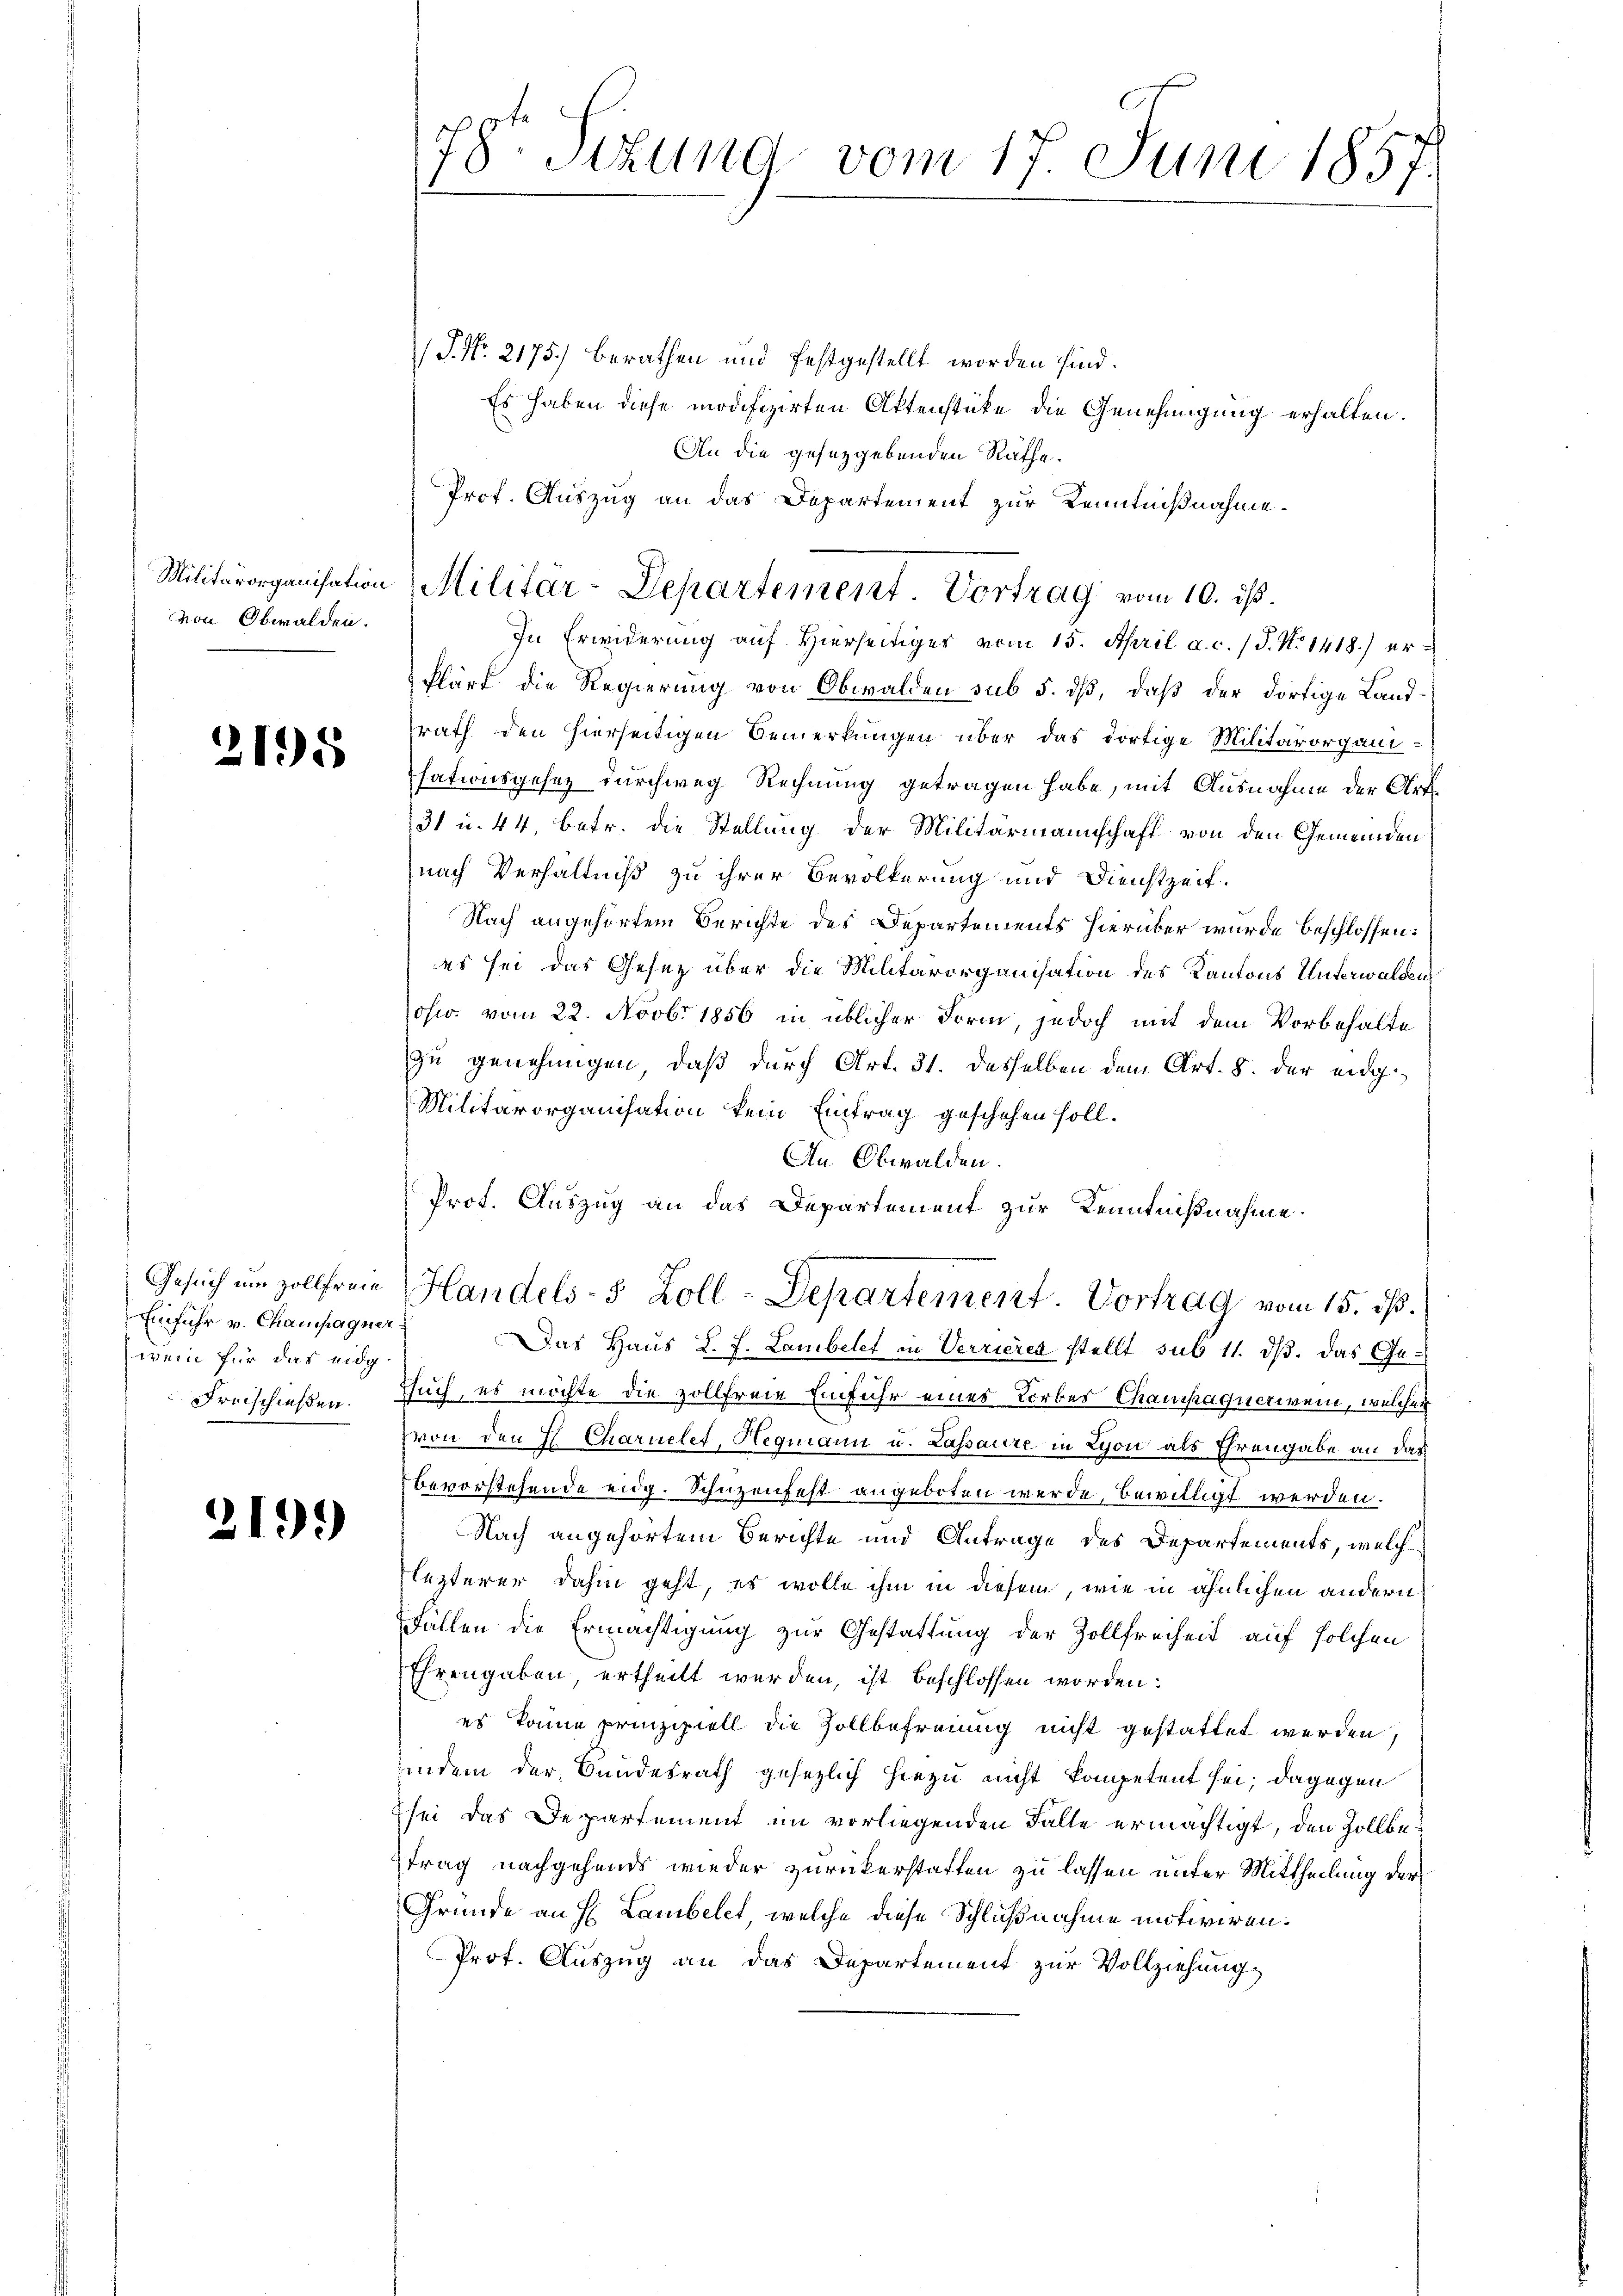
Militärorganisation
von Obwalden.

2195

2199

/J. No. 2175) berathen und festgestellt worden sind.
Es haben diese modifizirten Aktenstüke die Genehmigung erhalten.
An die gesetzgebenden Räthe.
Prof. Auszug an das Departement zur Kenntnißnahme.
In Erwiderung auf Hierseitiger vom 15. April a. c. 1 S. N. 1418.) erklärt die Regierung von Obwalden sub 5. dß, daß der dortige Landrath den hierseitigen Bemerkungen über das dortige Militärorgani¬
Esationsgesez durchweg Rechnung getragen habe, mit Ausnahme der Art.
31 u. 44, betr. die Stellung der Militärmannschaft von den Gemeinden
nach Verhältniß zu ihrer Bevölkerung und Dienstzeit.
Nach angehörtem Berichte des Departements hierüber wurde beschlossen:
es sei das Gesetz über die Militärorganisation des Kantons Unterwalden
osw. vom 22. Novbr 1856 in üblicher Form, jedoch mit dem Vorbehalte
zu genehmigen, daß durch Art. 31. desselben dem Art. 8. der eidg¬
Militärorganisation kein Eintrag geschehen soll.
An Obwalden.
Prot. Auszug an das Departement zur Kenntnißnahme.
Handels- 5 Zoll-Departement. Vortrag vom 15. ds.
Das Haus L. J. Lambelet in Verrieres stellt sub 11. ds. das Ge¬
Freischießen. Euch, es möchte die zollfreie Einfuhr eines Korbes Chaushaquerwein, welcher
von den E. Charuelet, Hegmann u. Lassaure in Lyon als Ehrengabe an das
bevorstehende eidg. Schüzenfest angeboten werde, bewilligt werden.
Nach angehörtem Berichte und Antrage des Departements, welche
lezterer dahin geht, es wolle ihm in diesem, wie in ähnlichen andern
Fällen die Ermächtigung zur Gestattung der Zollfreiheit auf solchen
Ehrengaben, ertheilt werden, ist beschlossen worden:
es könne prinzipiell die Zollbefreiung nicht gestattet werden,
indem der Bundesrath gesezlich hiezu nicht kompetent sei; dagegen
sei das Departement im vorliegenden Falle ermächtigt, den Zollbetrag nachgehends wieder zurückerstatten zu lassen unter Mittheilung der
Gründe an H. Lambelet, welche diese Schlußnahme motiviren.
Prot. Auszug an das Departement zur Vollziehung

Gesuch um Zollfreie
Einfuhr v. Champagnerwen für das eidg

78. Sizung vom 17. Juni 1857
1

Militär-Departement. Vortrag vom 10. ds.